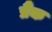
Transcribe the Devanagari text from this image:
प्रैंक